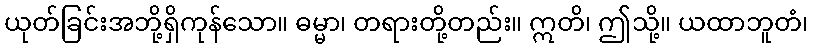
ယုတ်ခြင်းအဘို့ရှိကုန်သော။ ဓမ္မာ၊ တရားတို့တည်း။ ဣတိ၊ ဤသို့။ ယထာဘူတံ၊